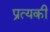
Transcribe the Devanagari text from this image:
प्रत्यकी